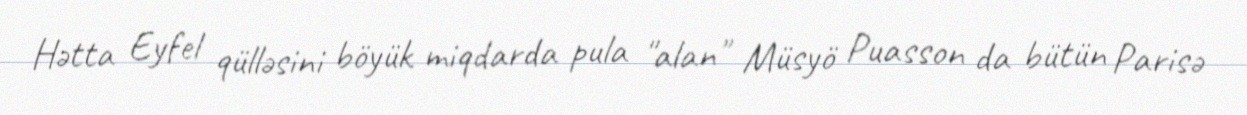
Hətta Eyfel qülləsini böyük miqdarda pula "alan" Müsyö Puasson da bütün Parisə